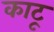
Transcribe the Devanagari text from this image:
काटू